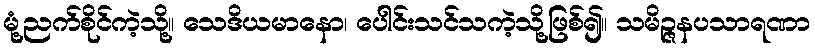
မုံ့ညက်စိုင်ကဲ့သို့။ သေဒိယမာနော၊ ပေါင်းသင်သကဲ့သို့ဖြစ်၍။ သမိဉ္ဇနပသာရဏာ